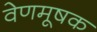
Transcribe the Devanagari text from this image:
वेणमूषक